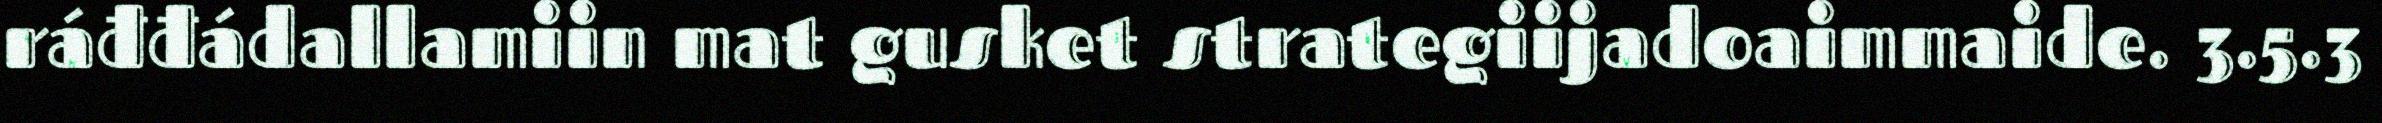
ráđđádallamiin mat gusket strategiijadoaimmaide. 3.5.3